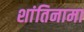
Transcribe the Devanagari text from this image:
शांतिनामा